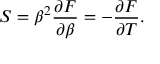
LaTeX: S = \beta ^ { 2 } { \frac { \partial F } { \partial \beta } } = - { \frac { \partial F } { \partial T } } .